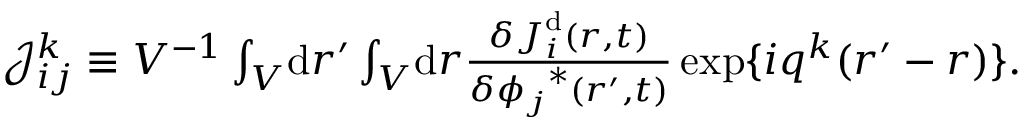
\begin{array} { r } { \mathcal { J } _ { i j } ^ { k } \equiv V ^ { - 1 } \int _ { V } \! \mathrm { d } \boldsymbol { r } ^ { \prime } \int _ { V } \! \mathrm { d } \boldsymbol { r } \frac { \delta \boldsymbol { J } _ { i } ^ { \mathrm { d } } ( \boldsymbol { r } , t ) } { \delta { \phi _ { j } } ^ { * } ( \boldsymbol { r } ^ { \prime } , t ) } \, \mathrm { e x p } \{ i \boldsymbol { q } ^ { k } ( \boldsymbol { r } ^ { \prime } - \boldsymbol { r } ) \} . } \end{array}